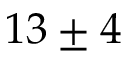
1 3 \pm 4